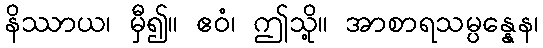
နိဿာယ၊ မှီ၍။ ဧဝံ၊ ဤသို့။ အာစာရသမ္ပန္နေန၊